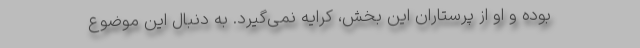
بوده و او از پرستاران این بخش، کرایه نمی‌گیرد. به دنبال این موضوع